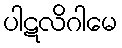
ပါဋလိဂါမေ